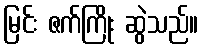
မြင်း ဇက်ကြိုး ဆွဲသည်။